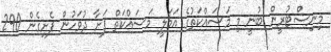
މިނިސްޓުރީން ބުނީ މި މަސައްކަތުގެ އަމަލީ މަސައްކަތް ފަށާ ދުވަހުން ފެށިގެން 290